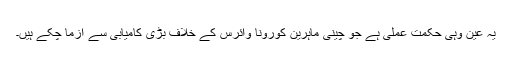
یہ عین وہی حکمتِ عملی ہے جو چینی ماہرین کورونا وائرس کے خلاف بڑی کامیابی سے آزما چکے ہیں۔